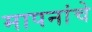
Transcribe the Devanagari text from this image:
मापनांचे